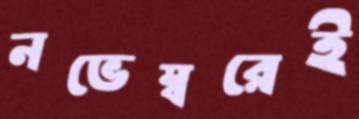
নভেম্বরেই